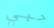
حبي